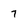
Character: 7